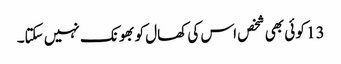
13 کو ئی بھی شخص اس کی کھال کو بھونک نہیں سکتا۔